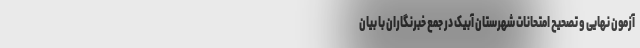
آزمون نهایی و تصحیح امتحانات شهرستان آبیک در جمع خبرنگاران با بیان